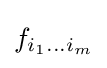
f_{i_{1}...i_{m}}